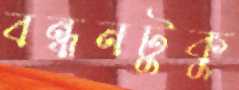
বন্ধনটুকু